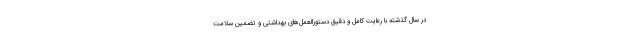
در سال گذشته با رعایت کامل و دقیق دستورالعمل‌های بهداشتی و تضمین سلامت